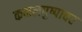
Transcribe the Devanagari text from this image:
कमलपुष्पावर